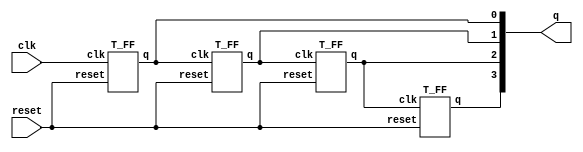
module ripple_carry_counter(q,clk,reset);
  output [3:0] q;
  input clk,reset;
  
  T_FF tff0(q[0],clk, reset);
  T_FF tff1(q[1],q[0], reset);
  T_FF tff2(q[2],q[1], reset);
  T_FF tff3(q[3],q[2], reset);
endmodule

module T_FF(q,clk,reset);
  output q;
  input clk,reset;
  wire d;
  
  D_FF dff0(q,d,clk,reset);
  not n1(d,q);
  
endmodule

module D_FF(q,d,clk,reset);
  
  output q;
  input d,clk,reset;
  reg q;
  
  always@(posedge reset or negedge clk)
  if (reset)
    q <= 1'b0;
  else 
    q <= d;

endmodule

module stimulus;
  
  reg clk;
  reg reset;
  wire [3:0] q;
  
  ripple_carry_counter r1(q,clk,reset);
  
  initial
    clk = 1'b0;
  always
    #5 clk = ~clk;

  initial
  begin 
    reset = 1'b1;
    #15 reset = 1'b0;
    #180 reset = 1'b1;
    #10 reset = 1'b0;
    #20 $finish;
  end

  initial
    $monitor($time," Output q = %d",q);
  
endmodule